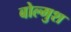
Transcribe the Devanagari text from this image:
बोल्मुश